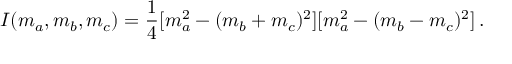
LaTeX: I ( m _ { a } , m _ { b } , m _ { c } ) = \frac { 1 } { 4 } [ m _ { a } ^ { 2 } - ( m _ { b } + m _ { c } ) ^ { 2 } ] [ m _ { a } ^ { 2 } - ( m _ { b } - m _ { c } ) ^ { 2 } ] \, .